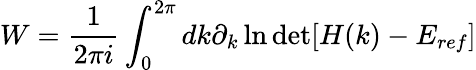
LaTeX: W=\frac{1}{2\pi i}\int_{0}^{2\pi}dk\partial_{k}\ln\operatorname*{det}[H(k)-E_{ref}]